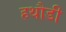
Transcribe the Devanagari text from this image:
हथौडी